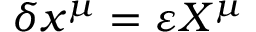
\delta x ^ { \mu } = \varepsilon X ^ { \mu }